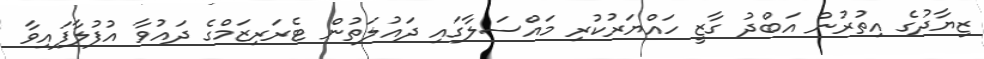
ޒިޔާދުގެ އިތުރުން އަބްދު ގާޒީ ހައްޔަރުކުރި މައްސަލާގައި ދައުލަތުން ޓެރަރިޒަމްގެ ދައުވާ އުފުލާފައިވާ